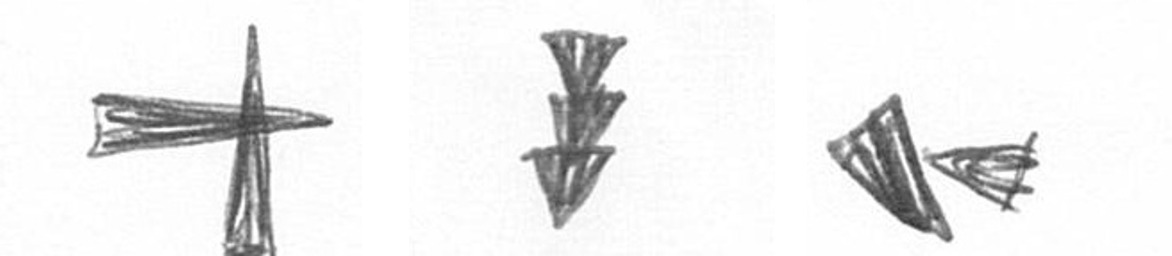
G E F